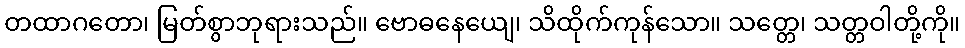
တထာဂတော၊ မြတ်စွာဘုရားသည်။ ဗောဓနေယျေ၊ သိထိုက်ကုန်သော။ သတ္တေ၊ သတ္တဝါတို့ကို။